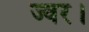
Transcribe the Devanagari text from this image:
ज्वर।